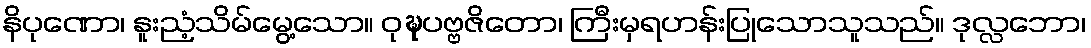
နိပုဏော၊ နူးညံ့သိမ်မွေ့သော။ ဝုဍ္ဎပဗ္ဗဇိတော၊ ကြီးမှရဟန်းပြုသောသူသည်။ ဒုလ္လဘော၊